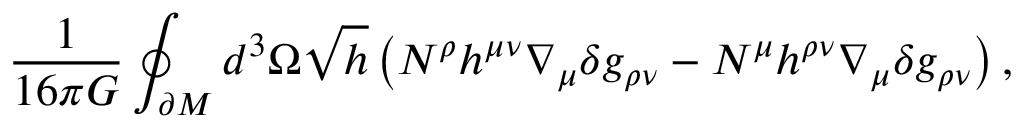
\frac { 1 } { 1 6 \pi G } \oint _ { \partial M } d ^ { 3 } \Omega \sqrt { h } \left( N ^ { \rho } h ^ { \mu \nu } \nabla _ { \mu } \delta g _ { \rho \nu } - N ^ { \mu } h ^ { \rho \nu } \nabla _ { \mu } \delta g _ { \rho \nu } \right) ,